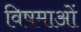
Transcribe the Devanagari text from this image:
विषमाओं